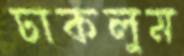
ঢাকলুম